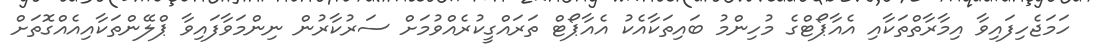
ހަމަޖެހިފައިވާ އިމާރާތްތަކާއި އެއާޕޯޓްގެ މުހިންމު ބައިތަކާއެކު އެއާޕޯޓް ތަރައްގީކުރެއްވުމަށް ސަރުކާރުން ނިންމަވާފައިވާ ޕްލޭންތަކާއިއެއްގޮތަށް